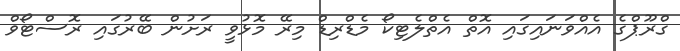
ގްރޫޕްގެ އެއްވަނައިގައި އޮތް އެތްލެޓިކޯ މެޑްރިޑް މިރޭ މޮޅުވީ ރަށުން ބޭރުގައި ރޮސްޓޯވް